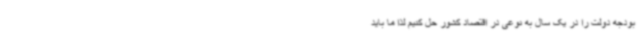
بودجه دولت را در یک سال به نوعی در اقتصاد کشور حل کنیم لذا ما باید